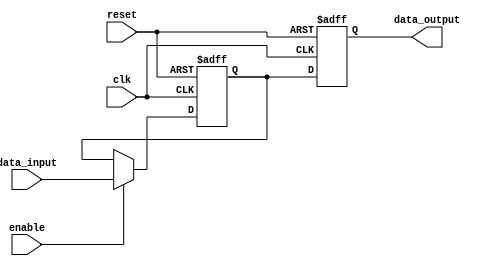
module io_compensated_buffer (
    input wire clk,
    input wire reset,
    input wire enable,
    input wire data_input,
    output reg data_output
);

reg internal_data;

always @(posedge clk or posedge reset) begin
    if (reset) begin
        internal_data <= 0;
        data_output <= 0;
    end else begin
        if (enable) begin
            internal_data <= data_input;
        end
        data_output <= internal_data;
    end
end

endmodule